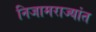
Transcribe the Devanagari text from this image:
निजामराज्यांत